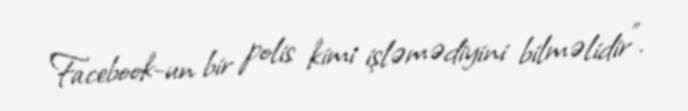
Facebook-un bir polis kimi işləmədiyini bilməlidir”.